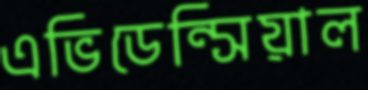
এভিডেন্সিয়াল